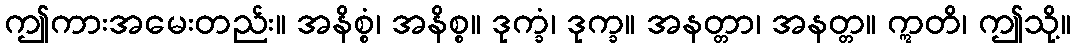
ဤကားအမေးတည်း။ အနိစ္စံ၊ အနိစ္စ။ ဒုက္ခံ၊ ဒုက္ခ။ အနတ္တာ၊ အနတ္တ။ ဣတိ၊ ဤသို့။